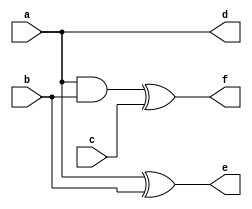
`timescale 1ns / 1ps
//////////////////////////////////////////////////////////////////////////////////
// Company: 
// Engineer: 
// 
// Design Name: 
// Module Name:    PG 
// Project Name: 
// Target Devices: 
// Tool versions: 
// Description: 
//
// Dependencies: 
//
// Revision: 
// Revision 0.01 - File Created
// Additional Comments: 
//
//////////////////////////////////////////////////////////////////////////////////

module PG(d,e,f,a,b,c);
input a,b,c;
output d,e,f;

assign d = a;
assign e = a^b;
assign f = (a&b)^c;

endmodule